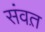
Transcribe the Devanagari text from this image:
संवत़